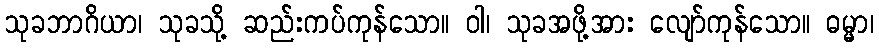
သုခဘာဂိယာ၊ သုခသို့ ဆည်းကပ်ကုန်သော။ ဝါ၊ သုခအဖို့အား လျော်ကုန်သော။ ဓမ္မာ၊